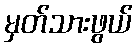
မှတ်သားဖွယ်